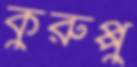
কুরুপ্পু